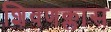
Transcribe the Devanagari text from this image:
शिवणक्लास